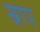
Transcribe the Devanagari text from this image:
स्राप